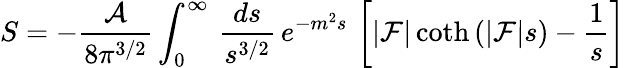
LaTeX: S=-{\frac{\cal A}{8\pi^{3/2}}}\int_{0}^{\infty}\, {\frac{ds}{s^{3/2}}}\, e^{-m^{2}s}\, \left[|{\cal F}|\coth\left(|{\cal F}|s\right)-{\frac{1}{s}}\right]